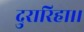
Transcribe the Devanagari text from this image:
दुरारिहा।।